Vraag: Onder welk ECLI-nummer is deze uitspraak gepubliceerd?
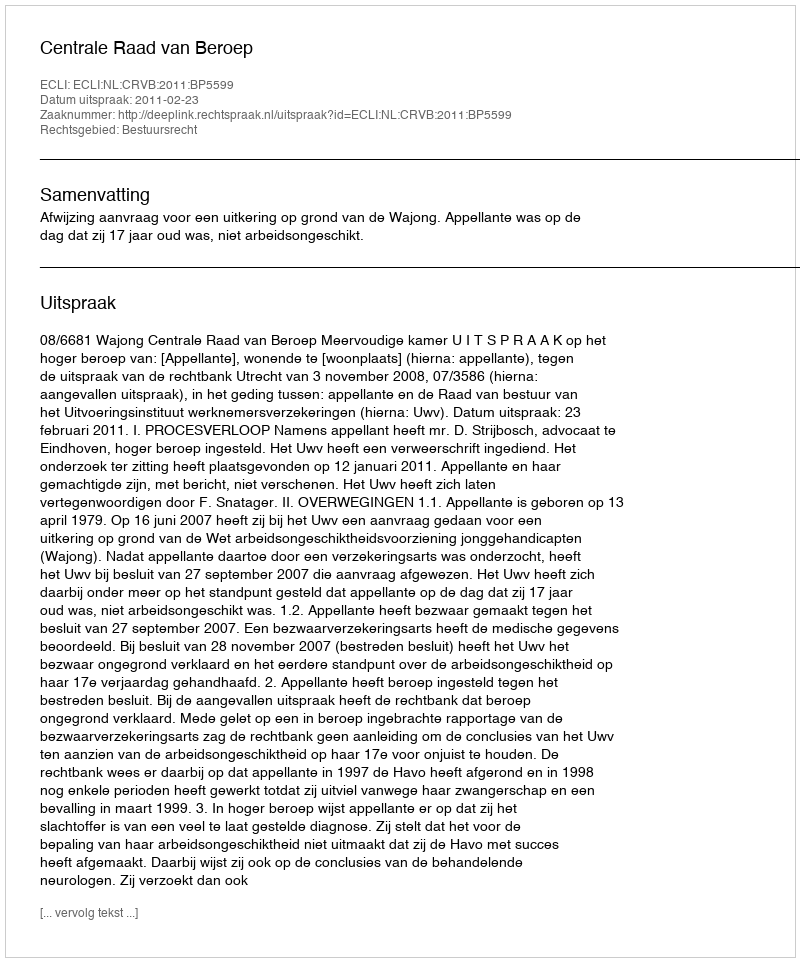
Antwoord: ECLI:NL:CRVB:2011:BP5599